Cholera in India, 1862 to 1881
Year: 1862
Disease focus: Cholera
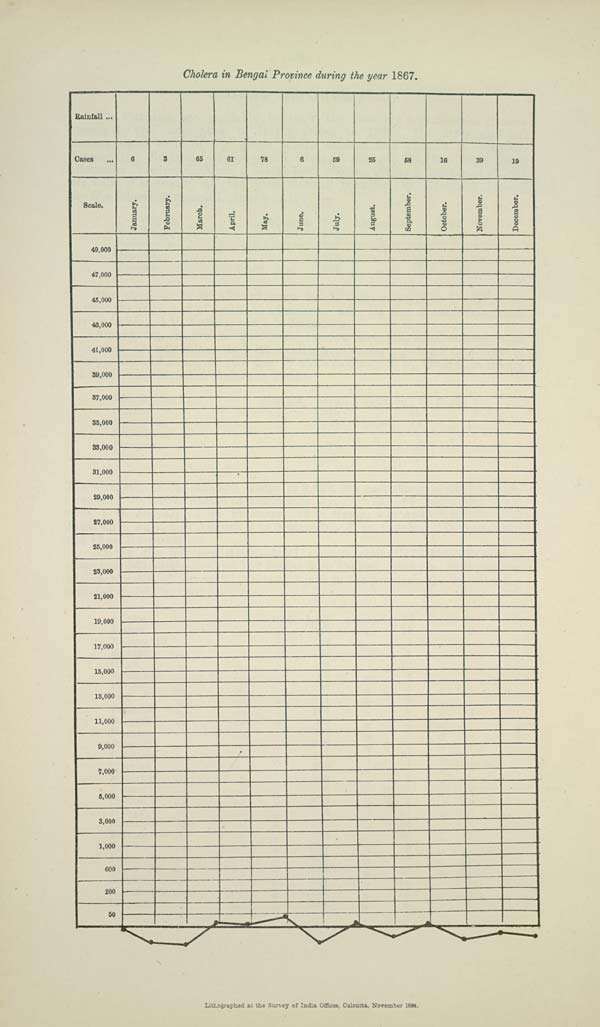
Cholera in Bengal Province during the year 1867.
Lithographed at the Survey of India Offices, Calcutta, November 1884.